Civil Veterinary Dept. Assam report 1927-50 - 1927-1950
Year: 1927
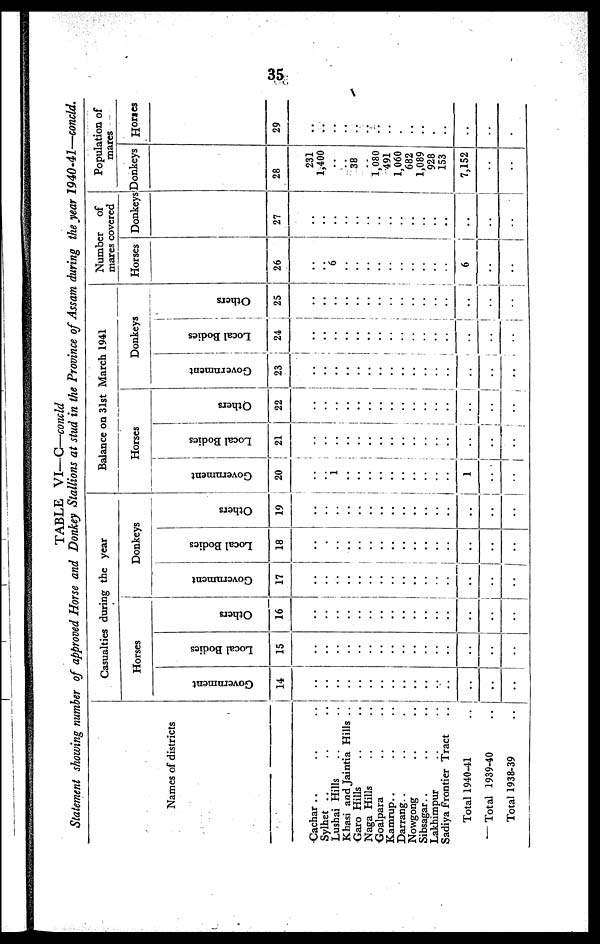
35
TABLE
VI—C—concld
Statement
showing
number
of approved
Horse
and Donkey
Stallions
at stud in the Province
of Assam
during
the year
1940-41—concld.
Names of districts
Cachar .. .. ..
Sylhet .. ..
Lushai Hills .. ..
Khasi and Jaintia Hills ..
Garo Hills .. ..
Naga Hills .. ..
Goalpara .. ..
Kamrup.. .. ..
Darrang.. .. ..
Nowgong .. ..
Sibsagar.. .. ..
Lakhimpur .. ..
Sadiya Frontier Tract
..
Total 1940-41
..
Total 1939-40 ..
Total 1938-39
..
Casualties during the year
Horses
Government
14
..
..
..
..
..
..
..
..
..
..
..
..
..
..
..
..
Local Bodies
15
..
..
..
..
..
..
..
..
..
..
..
..
..
..
..
..
Others
16
..
..
..
..
..
..
..
..
..
..
..
..
..
..
..
..
Donkeys
Government
17
..
..
..
..
..
..
..
..
..
..
..
..
..
..
..
..
Local Bodies
18
..
..
..
..
..
..
..
..
..
..
..
..
..
..
..
..
Others
19
..
..
..
..
..
..
..
..
..
..
..
..
..
..
..
..
Balance on 31st March 1941
Horses
Government
20
..
..
1
..
..
..
..
..
..
..
..
..
..
1
..
..
Local Bodies
21
..
..
..
..
..
..
..
..
..
..
..
..
..
..
..
..
Others
22
..
..
..
..
..
..
..
..
..
..
..
..
..
..
..
..
Donkeys
Government
23
..
..
..
..
..
..
..
..
..
..
..
..
..
..
..
..
Local Bodies
24
..
..
..
..
..
..
..
..
..
..
..
..
..
..
..
..
Others
25
..
..
..
..
..
..
..
..
..
..
..
..
..
..
..
..
Number
of
mares covered
Horses
26
..
..
6
..
..
..
..
..
..
..
..
..
..
6
..
..
Donkeys
27
..
..
..
..
..
..
..
..
..
..
..
..
..
..
..
..
Population of
mares
Donkeys
28
231
1,400
..
..
38
..
1,080
491
1,060
682
1,089
928
153
7,152
..
..
Horses
29
..
..
..
..
..
..
..
..
..
..
..
..
..
..
..
..